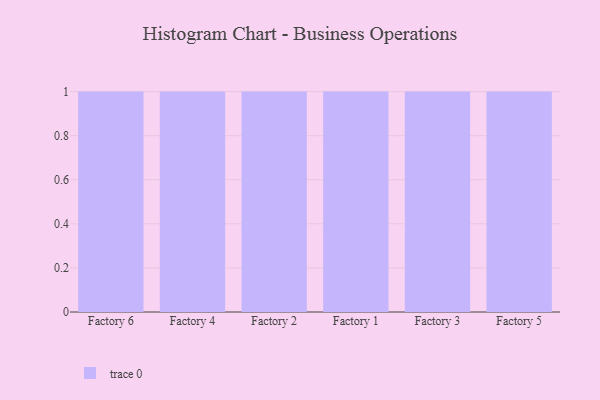
{"axis": {"x": "Factory", "y": "Latency (ms)"}, "legend": [""], "data": [{"x": "Factory 6", "y": 31, "type": ""}, {"x": "Factory 4", "y": 73, "type": ""}, {"x": "Factory 2", "y": 46, "type": ""}, {"x": "Factory 1", "y": 63, "type": ""}, {"x": "Factory 3", "y": 31, "type": ""}, {"x": "Factory 5", "y": 39, "type": ""}]}